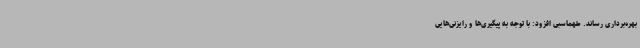
بهره‌برداری رساند. طهماسبی افزود: با توجه به پیگیری‌ها و رایزنی‌هایی